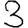
Digit: 3